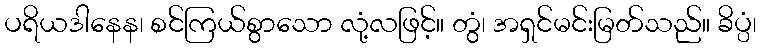
ပရိယဒါနေန၊ စင်ကြယ်စွာသော လုံ့လဖြင့်။ တွံ၊ အရှင်မင်းမြတ်သည်။ ခိပ္ပံ၊